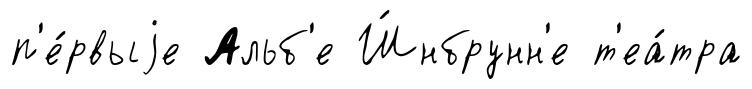
п'е́рвыjе Альб'е Ш́нбрунн'е т'еа́тра